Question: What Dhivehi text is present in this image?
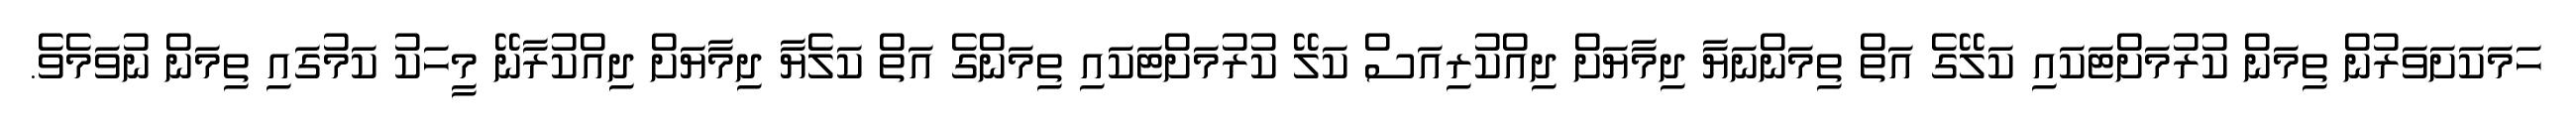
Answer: ހަމަކަށަވަރުން ތިމަން ކުރުމަށްޓަކައި ކަލޭގެ އަތް ތިމަންނަޔާ ދިމާޔަށް ދިއްކުރިއަސް ކަލޭ ކުރުމަށްޓަކައި ތިމަންގެ އަތް ކަލެޔާ ދިމާޔަށް ދިއްކުރާނޭ މީހަކު ކަމުގައި ތިމަން ނުވަމެވެ.